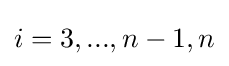
i=3,...,n-1,n